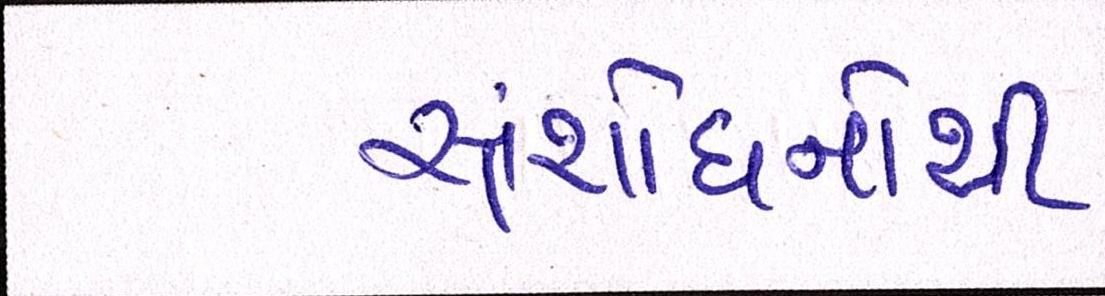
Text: સંશોધનોથી